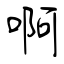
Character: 啊